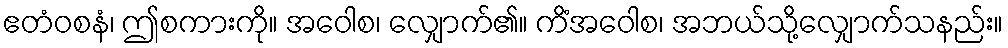
ဧတံဝစနံ၊ ဤစကားကို။ အဝေါစ၊ လျှောက်၏။ ကိံအဝေါစ၊ အဘယ်သို့လျှောက်သနည်း။